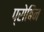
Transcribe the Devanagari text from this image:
प्रोबिन